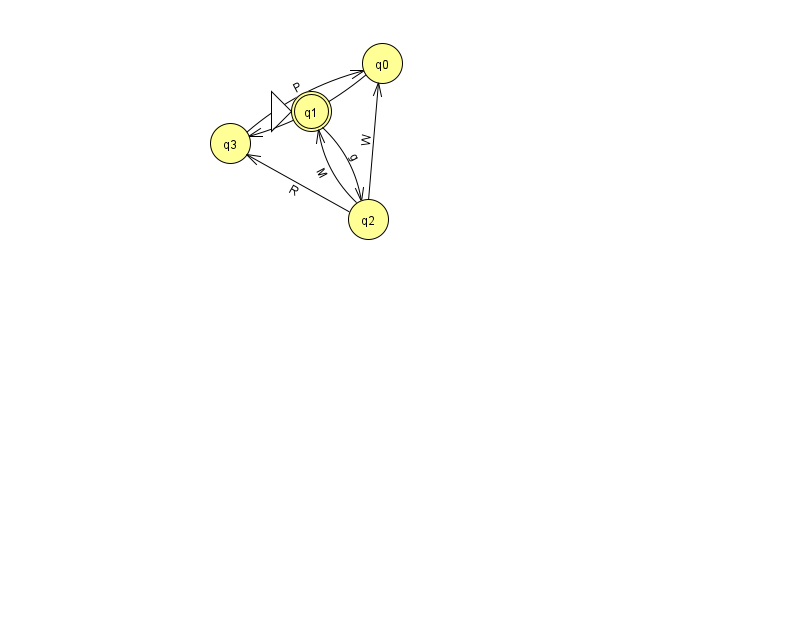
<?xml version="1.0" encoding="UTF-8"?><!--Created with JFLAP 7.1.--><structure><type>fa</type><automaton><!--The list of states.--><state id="0" name="q0"><x>382.0</x><y>50.0</y></state><state id="1" name="q1"><x>311.0</x><y>98.0</y><initial/><final/></state><state id="2" name="q2"><x>368.0</x><y>206.0</y></state><state id="3" name="q3"><x>230.0</x><y>130.0</y></state><!--The list of transitions.--><transition><from>0</from><to>3</to><read>H</read></transition><transition><from>2</from><to>3</to><read>R</read></transition><transition><from>2</from><to>1</to><read>M</read></transition><transition><from>1</from><to>2</to><read>g</read></transition><transition><from>3</from><to>0</to><read>P</read></transition><transition><from>2</from><to>0</to><read>W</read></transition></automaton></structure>